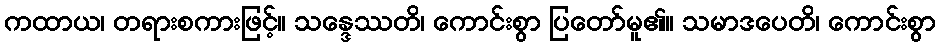
ကထာယ၊ တရားစကားဖြင့်။ သန္ဒေဿတိ၊ ကောင်းစွာ ပြတော်မူ၏။ သမာဒပေတိ၊ ကောင်းစွာ